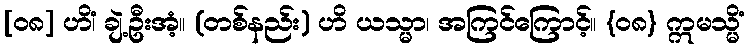
[၀၈] ဟိံ၊ ချဲ့ဦးအံ့။ (တစ်နည်း) ဟိ ယသ္မာ၊ အကြင်ကြောင့်။ {၀၈} ဣမသ္မိံ